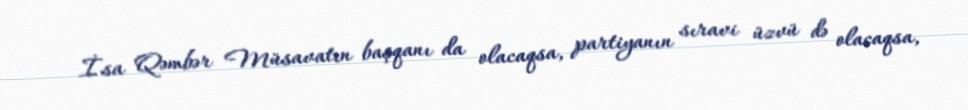
İsa Qəmbər Müsavatın başqanı da olacaqsa, partiyanın sıravi üzvü də olacaqsa,